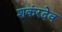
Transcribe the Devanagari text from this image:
शकंरदेव